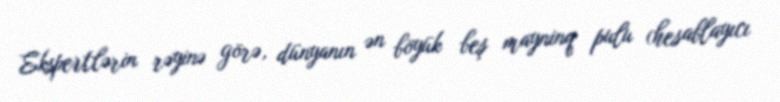
Ekspertlərin rəyinə görə, dünyanın ən böyük beş mayninq pulu (hesablayıcı